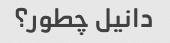
دانیل چطور؟